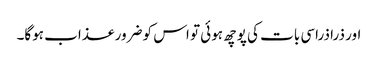
اور ذرا ذراسی بات کی پوچھ ہوئی تو اس کو ضرور عذاب ہوگا۔